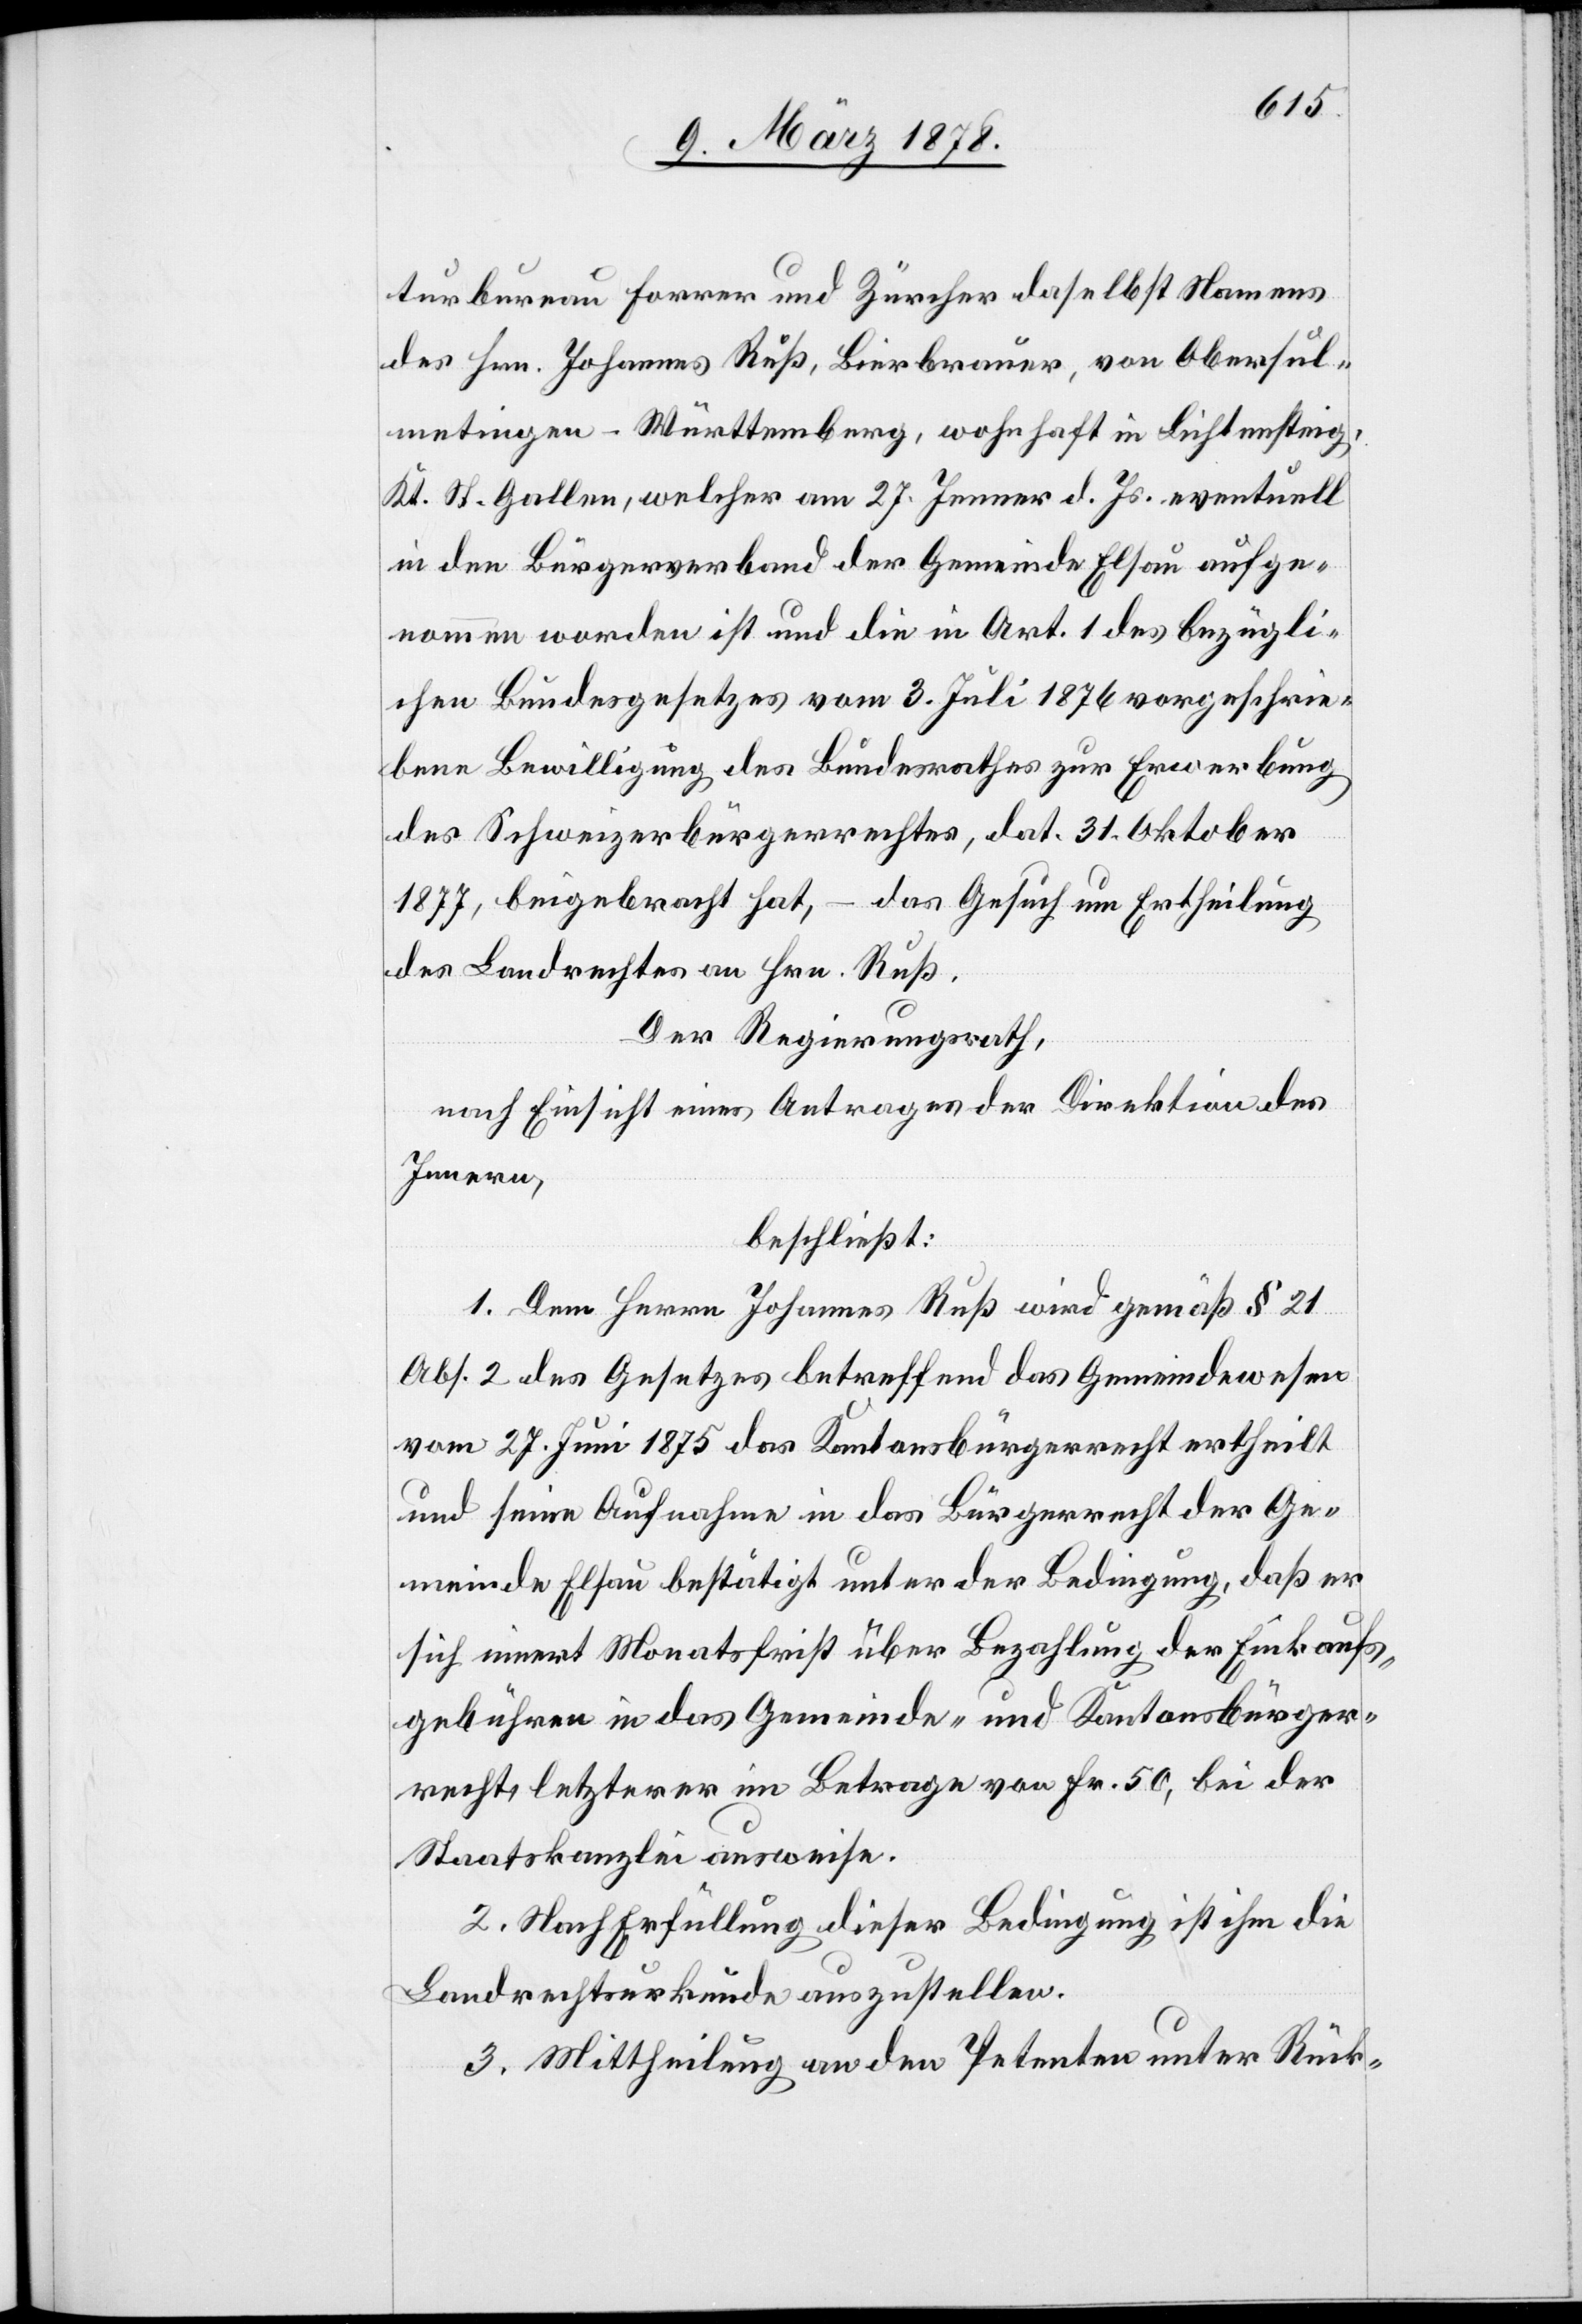
turbureau Forrer und Zürcher daselbst Namens
des Hrn. Johannes Ruß, Bierbrauer, von Obersul¬
metingen - Württemberg, wohnhaft in Lichtensteig,
Kt. St. Gallen, welcher am 27. Jenner d. Js. eventuell
in den Bürgerverband der Gemeinde Elsau aufge¬
nommen worden ist und die in Art. 1 des bezügli¬
chen Bundesgesetzes vom 3. Juli 1874 vorgeschrie¬
bene Bewilligung des Bundesrathes zur Erwerbung
des Schweizerbürgerrechtes, dat. 31. Oktober
1877, beigebracht hat, – das Gesuch um Ertheilung
des Landrechtes an Hrn. Ruß.
Der Regierungsrath,
nach Einsicht eines Antrages der Direktion des
Innern,
beschließt:
1. Dem Herrn Johannes Ruß wird gemäß § 21
Abs. 2 des Gesetzes betreffend das Gemeindewesen
vom 27. Juni 1875 das Kantonsbürgerrecht ertheilt
und seine Aufnahme in das Bürgerrecht der Ge¬
meinde Elsau bestätigt unter der Bedingung, daß er
sich innert Monatsfrist über Bezahlung der Einkaufs¬
gebühren in das Gemeinde- und Kantonsbürger¬
recht, letzterer im Betrage von Fr. 50, bei der
Staatskanzlei ausweise.
2. Nach Erfüllung dieser Bedingung ist ihm die
Landrechtsurkunde auszustellen.
3. Mittheilung an den Petenten unter Rück-